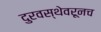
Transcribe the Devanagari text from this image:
दुरवस्थेवरूनच